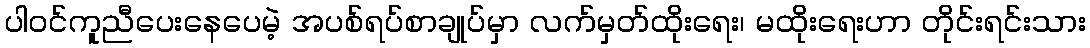
ပါဝင်ကူညီပေးနေပေမဲ့ အပစ်ရပ်စာချုပ်မှာ လက်မှတ်ထိုးရေး၊ မထိုးရေးဟာ တိုင်းရင်းသား